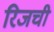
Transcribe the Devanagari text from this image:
रिजची